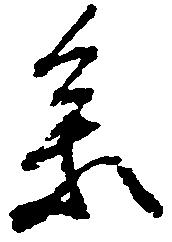
参